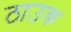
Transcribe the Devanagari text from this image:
ठाउक